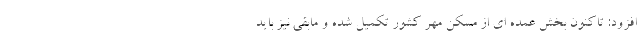
افزود: تاکنون بخش عمده ای از مسکن مهر کشور تکمیل شده و مابقی نیز باید